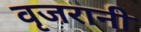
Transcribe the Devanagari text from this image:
वृजरानी